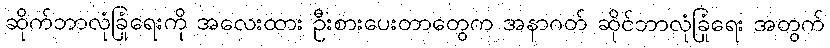
ဆိုက်ဘာလုံခြုံရေးကို အလေးထား ဦးစားပေးတာတွေက အနာဂတ် ဆိုင်ဘာလုံခြုံရေး အတွက်